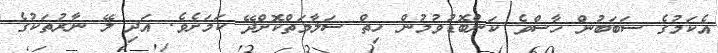
އެކަމުގެ ސަބަބުން ހާސްވެ ކަންބޮޑުވުމުން ހިތް ސަލާމަތްކޮށްދޭ ކަމަށެވެ. އަދި ލޭ ނާރުތަކުގެ